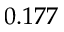
0 . 1 7 7